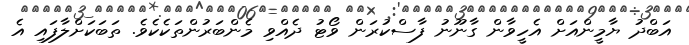
އަބްދު ޔާމީންއަށް އެހީވާން ގާނޫނު ފާސްކުރަން ވޯޓު ދެއްވި މެންބަރުންތަކެކެވެ. ތަބަކަށްލާފައި އެ